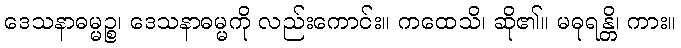
ဒေသနာဓမ္မဉ္စ၊ ဒေသနာဓမ္မကို လည်းကောင်း။ ကထေသိ၊ ဆို၏။ မဓုရန္တိ၊ ကား။